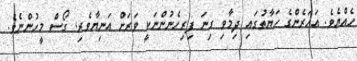
ހެއްޔެވެ. އަހަރެންގެ ހަޔާތުގައި ދިމާވި ގިނަ ފިރިހެނުންނަކީ ވަރަށް އަނިޔާވެރި